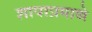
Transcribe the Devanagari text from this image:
शापाप्रमाणे